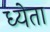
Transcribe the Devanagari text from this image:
ध्येता